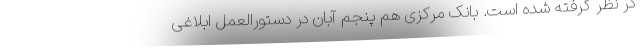
در نظر گرفته شده است. بانک مرکزی هم پنجم آبان‌ در دستورالعمل ابلاغی